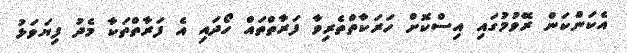
އެކަންކަން ރޭވުމުގައި އިސްކޮށް ހަރަކާތްތެރިވާ ފަރާތްތައް ހޯދައި އެ ފަރާތްތަކާ މެދު ފިޔަވަޅު